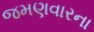
જમણવારના